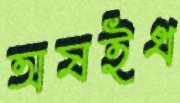
অষইধ